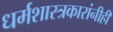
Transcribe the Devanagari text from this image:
धर्मशास्त्रकारांनीही